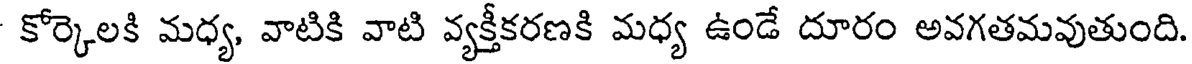
కోర్కెలకి మధ్య, వాటికి వాటి వ్యక్తీకరణకి మధ్య ఉండే దూరం అవగతమవుతుంది